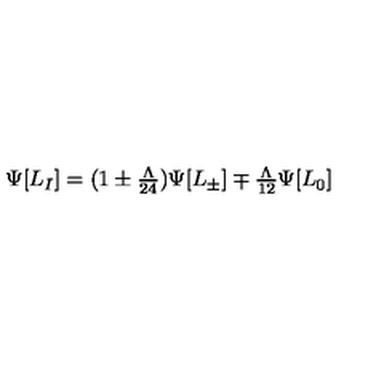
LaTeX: \Psi [ L _ { I } ] = ( 1 \pm { \textstyle { \frac { \Lambda } { 2 4 } } } ) \Psi [ L _ { \pm } ] \mp { \textstyle { \frac { \Lambda } { 1 2 } } } \Psi [ L _ { 0 } ]